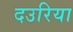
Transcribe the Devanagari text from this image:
दउरिया